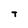
Character: T